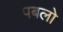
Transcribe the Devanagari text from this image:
पबलो